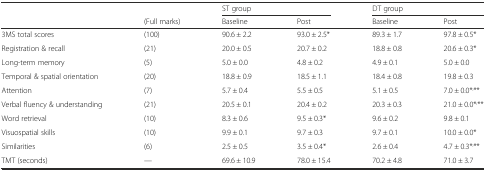
<table><thead><tr><td></td><td></td><td colspan="2"><b>ST group</b></td><td colspan="2"><b>DT group</b></td></tr><tr><td></td><td><b>(Full marks)</b></td><td><b>Baseline</b></td><td><b>Post</b></td><td><b>Baseline</b></td><td><b>Post</b></td></tr></thead><tbody><tr><td>3MS total scores</td><td>(100)</td><td>90.6 ± 2.2</td><td>93.0 ± 2.5*</td><td>89.3 ± 1.7</td><td>97.8 ± 0.5*</td></tr><tr><td>Registration &amp; recall</td><td>(21)</td><td>20.0 ± 0.5</td><td>20.7 ± 0.2</td><td>18.8 ± 0.8</td><td>20.6 ± 0.3*</td></tr><tr><td>Long-term memory</td><td>(5)</td><td>5.0 ± 0.0</td><td>4.8 ± 0.2</td><td>4.9 ± 0.1</td><td>5.0 ± 0.0</td></tr><tr><td>Temporal &amp; spatial orientation</td><td>(20)</td><td>18.8 ± 0.9</td><td>18.5 ± 1.1</td><td>18.4 ± 0.8</td><td>19.8 ± 0.3</td></tr><tr><td>Attention</td><td>(7)</td><td>5.7 ± 0.4</td><td>5.5 ± 0.5</td><td>5.1 ± 0.5</td><td>7.0 ± 0.0*<sup>,</sup>**</td></tr><tr><td>Verbal fluency &amp; understanding</td><td>(21)</td><td>20.5 ± 0.1</td><td>20.4 ± 0.2</td><td>20.3 ± 0.3</td><td>21.0 ± 0.0*<sup>,</sup>**</td></tr><tr><td>Word retrieval</td><td>(10)</td><td>8.3 ± 0.6</td><td>9.5 ± 0.3*</td><td>9.6 ± 0.2</td><td>9.8 ± 0.1</td></tr><tr><td>Visuospatial skills</td><td>(10)</td><td>9.9 ± 0.1</td><td>9.7 ± 0.3</td><td>9.7 ± 0.1</td><td>10.0 ± 0.0*</td></tr><tr><td>Similarities</td><td>(6)</td><td>2.5 ± 0.5</td><td>3.5 ± 0.4*</td><td>2.6 ± 0.4</td><td>4.7 ± 0.3*<sup>,</sup>**</td></tr><tr><td>TMT (seconds)</td><td>---</td><td>69.6 ± 10.9</td><td>78.0 ± 15.4</td><td>70.2 ± 4.8</td><td>71.0 ± 3.7</td></tr></tbody></table>